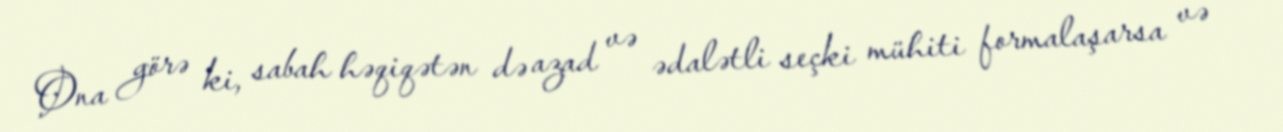
Ona görə ki, sabah həqiqətən də azad və ədalətli seçki mühiti formalaşarsa və